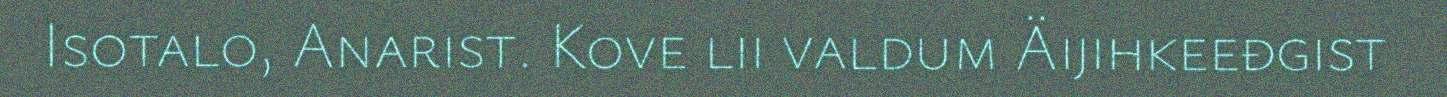
Isotalo, Anarist. Kove lii valdum Äijihkeeđgist